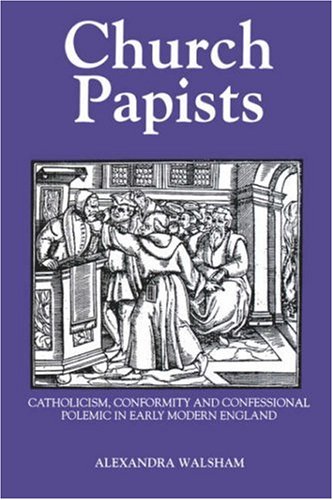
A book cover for Church Papists (Catholicism, Conformity and Confessional Polemic in Early Mo); Alexandra Walsham; Religion & Spirituality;